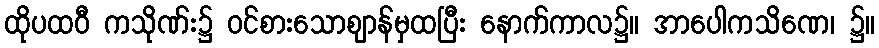
ထိုပထဝီ ကသိုဏ်း၌ ဝင်စားသောဈာန်မှထပြီး နောက်ကာလ၌။ အာပေါကသိဏေ၊ ၌။